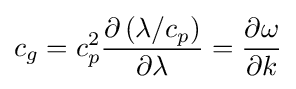
c_{g}=c_{p}^{2}{\frac {\partial \left(\lambda /c_{p}\right)}{\partial \lambda }}={\frac {\partial \omega }{\partial k}}